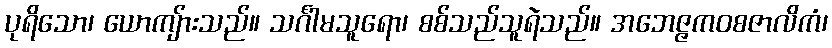
ပုရိသော၊ ယောကျ်ားသည်။ သင်္ဂါမသူရော၊ စစ်သည်သူရဲသည်။ အဘေဇ္ဇကဝစဇာလိကံ၊